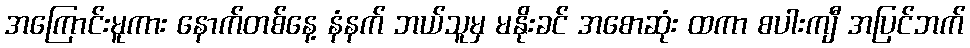
အကြောင်းမူကား နောက်တစ်နေ့ နံနက် ဘယ်သူမှ မနိုးခင် အစောဆုံး ထကာ စပါးကျီ အပြင်ဘက်